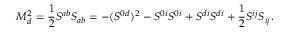
M _ { d } ^ { 2 } = \frac { 1 } { 2 } S ^ { a b } S _ { a b } = - ( S ^ { 0 d } ) ^ { 2 } - S ^ { 0 i } S ^ { 0 i } + S ^ { d i } S ^ { d i } + \frac { 1 } { 2 } S ^ { i j } S _ { i j } .